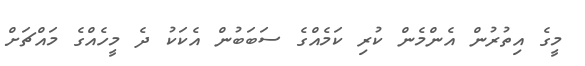
މީގެ އިތުރުން އެންމެން ކުރި ކަމެއްގެ ސަބަބުން އެކަކު ދެ މީހެއްގެ މައްޗަށް